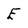
Character: E